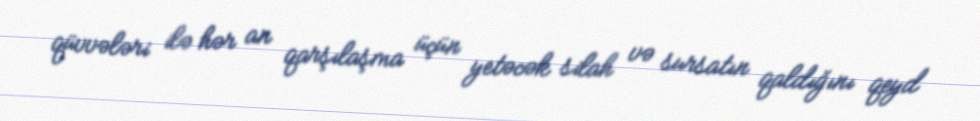
qüvvələri ilə hər an qarşılaşma üçün yetəcək silah və sursatın qaldığını qeyd